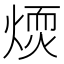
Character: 𤌢